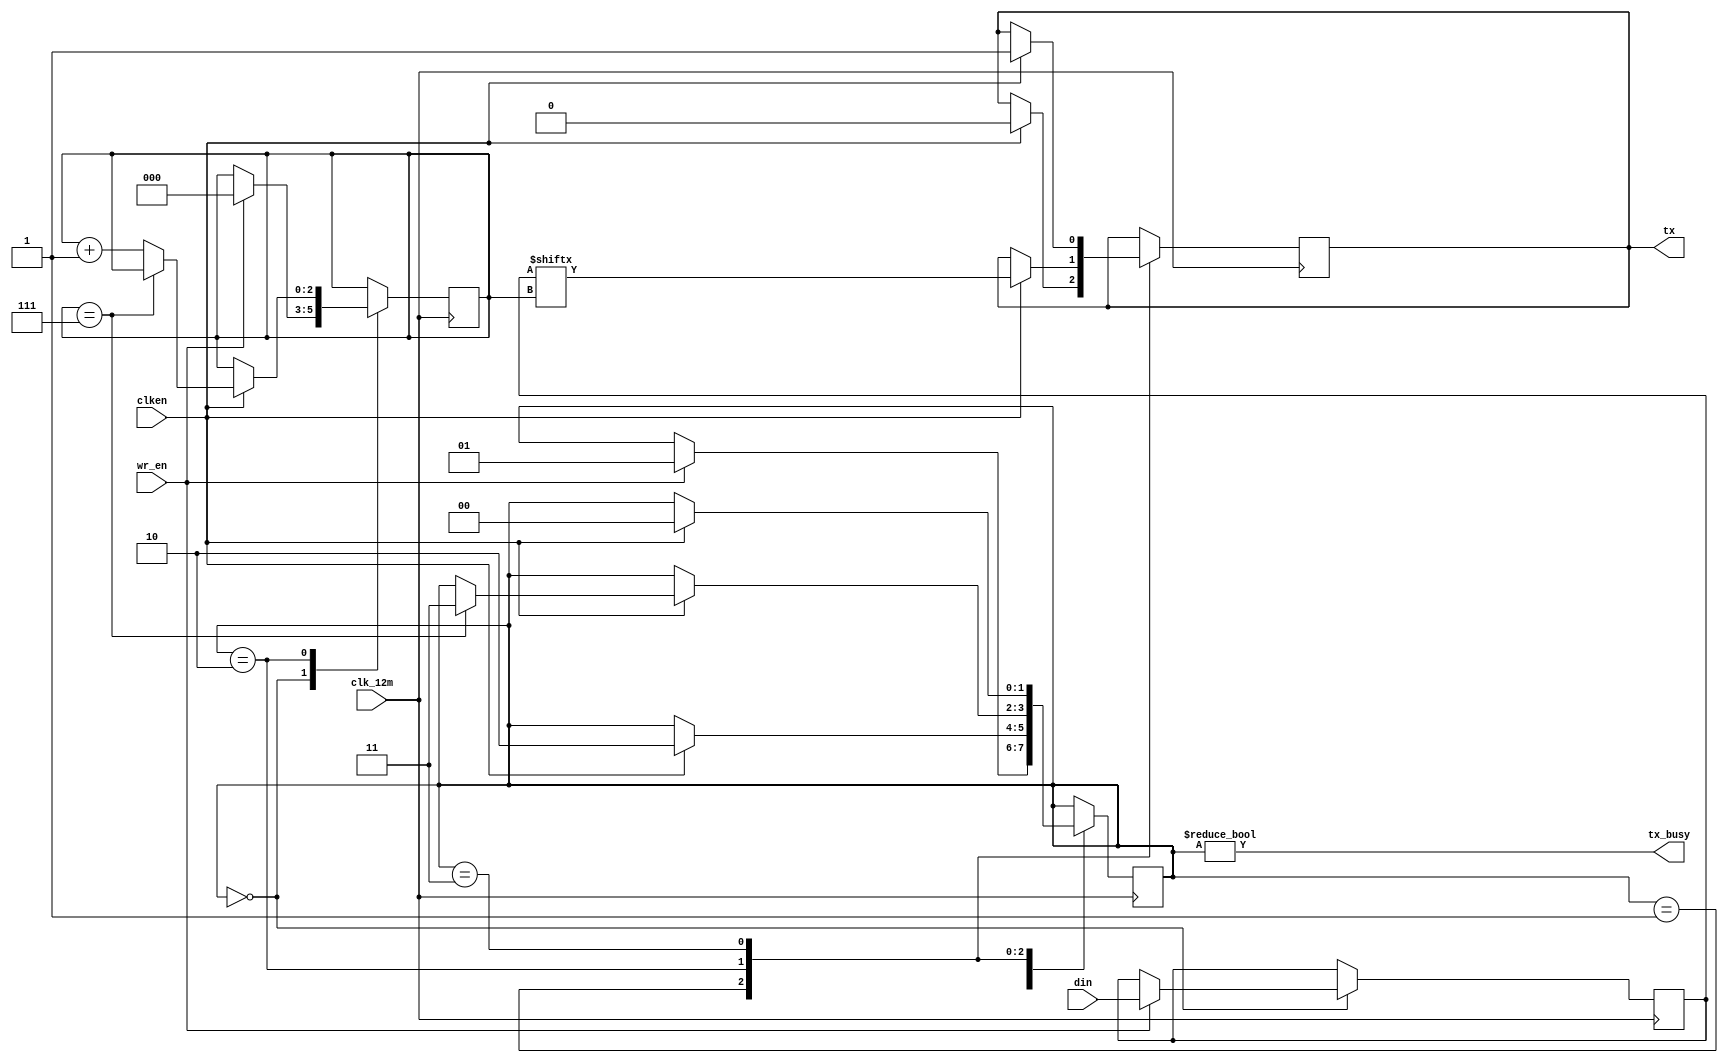
module transmitter(input wire [7:0] din,
		   input wire wr_en,
		   input wire clk_12m,
		   input wire clken,		   
		   output tx,
		   output wire tx_busy);

initial begin
	 tx = 1'b1;
end

parameter STATE_IDLE	= 2'b00;
parameter STATE_START	= 2'b01;
parameter STATE_DATA	= 2'b10;
parameter STATE_STOP	= 2'b11;

reg [7:0] data = 8'h00;
reg [2:0] bitpos = 3'h0;
reg [1:0] state = STATE_IDLE;

always @(posedge clk_12m) begin
	case (state)
	STATE_IDLE: begin
		if (wr_en) begin
			state <= STATE_START;
			data <= din;
			bitpos <= 3'h0;
		end
	end
	STATE_START: begin
		if (clken) begin
			tx <= 1'b0;
			state <= STATE_DATA;
		end
	end
	STATE_DATA: begin
		if (clken) begin
			if (bitpos == 3'h7)
				state <= STATE_STOP;
			else
				bitpos <= bitpos + 3'h1;
			tx <= data[bitpos];
		end
	end
	STATE_STOP: begin
		if (clken) begin
			tx <= 1'b1;
			state <= STATE_IDLE;
		end
	end
	default: begin
		tx <= 1'b1;
		state <= STATE_IDLE;
	end
	endcase
end

assign tx_busy = (state != STATE_IDLE);

endmodule